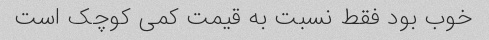
خوب بود فقط نسبت به قیمت کمی کوچک است